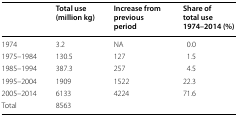
<table><thead><tr><td></td><td><b>Total use (million kg)</b></td><td><b>Increase from previous period</b></td><td><b>Share of total use 1974–2014 (%)</b></td></tr></thead><tbody><tr><td>1974</td><td>3.2</td><td>NA</td><td>0.0</td></tr><tr><td>1975–1984</td><td>130.5</td><td>127</td><td>1.5</td></tr><tr><td>1985–1994</td><td>387.3</td><td>257</td><td>4.5</td></tr><tr><td>1995–2004</td><td>1909</td><td>1522</td><td>22.3</td></tr><tr><td>2005–2014</td><td>6133</td><td>4224</td><td>71.6</td></tr><tr><td>Total</td><td>8563</td><td></td><td></td></tr></tbody></table>